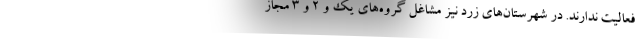
فعالیت ندارند. در شهرستان‌های زرد نیز مشاغل گروه‌های یک و ۲ و ۳ مجاز